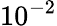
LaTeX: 10^{-2}